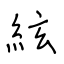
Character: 絃